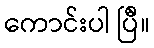
ကောင်းပါ ပြီဲ။